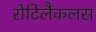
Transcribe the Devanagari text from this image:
रोटिलैंकलस